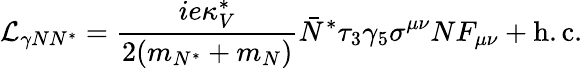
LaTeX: {\cal L}_{\gamma NN^{*}}={\frac{ie\kappa_{V}^{*}}{2(m_{N^{*}}+m_{N})}}\bar{N}^{*}\tau_{3}\gamma_{5}\sigma^{\mu\nu}NF_{\mu\nu}+\mathrm{h.c.}